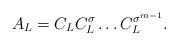
LaTeX: \begin{align*}A_L = C_LC_L^\sigma \ldots C_{L}^{\sigma^{m-1}}.\end{align*}